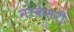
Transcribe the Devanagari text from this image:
नरकेसरी